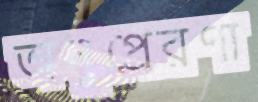
অনুপ্রেরণা